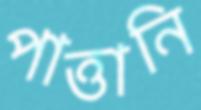
পাত্তানি